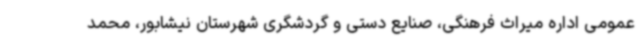
عمومی اداره میراث فرهنگی، صنایع دستی و گردشگری شهرستان نیشابور، محمد